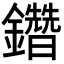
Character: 𨯩